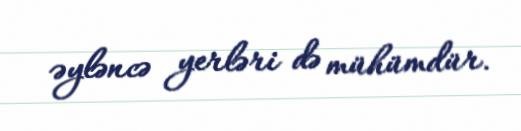
əyləncə yerləri də mühümdür.